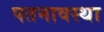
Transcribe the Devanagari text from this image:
पतनावस्था